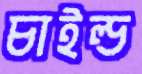
চাইল্ড